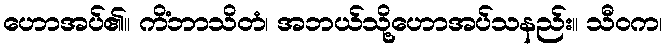
ဟောအပ်၏။ ကိံဘာသိတံ၊ အဘယ်သို့ဟောအပ်သနည်း။ သီဝက၊